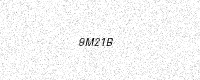
Text: 9M21B